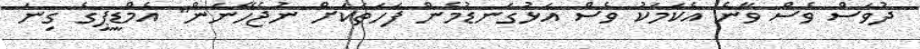
ދުވަސް ވެސް ވާނެ އެކަމަކު ވެސް އަޅުގަނޑުމެން ފަހަތަކަށް ނުޖެހޭނަން" އެމްޑީޕީގެ ގިނަ